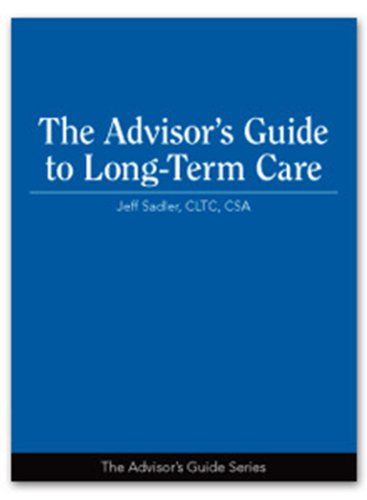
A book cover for The Advisor's Guide to Long-Term Care; Jeff Sadler; Business & Money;